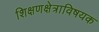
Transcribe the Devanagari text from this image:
शिक्षणक्षेत्राविषयक